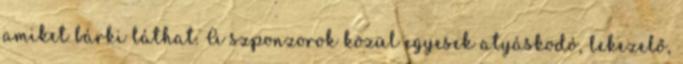
amiket bárki láthat. A szponzorok közül egyesek atyáskodó, lekezelő,